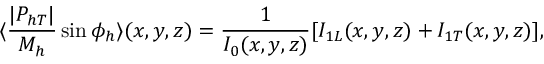
\langle \frac { \vert P _ { h T } \vert } { M _ { h } } \sin \phi _ { h } \rangle ( x , y , z ) = { \frac { 1 } { I _ { 0 } ( x , y , z ) } } [ I _ { 1 L } ( x , y , z ) + I _ { 1 T } ( x , y , z ) ] ,